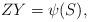
LaTeX: \begin{align*} ZY=\psi(S),\end{align*}